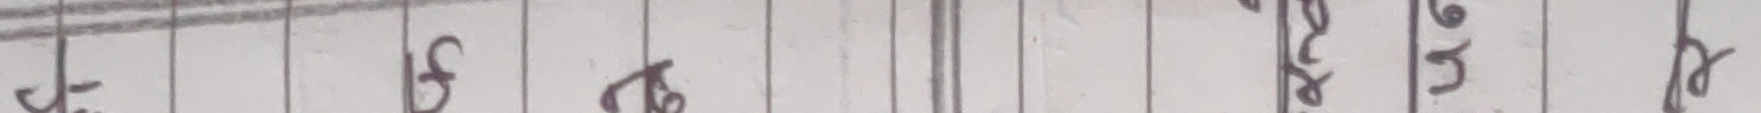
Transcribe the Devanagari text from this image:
छ के लाई र